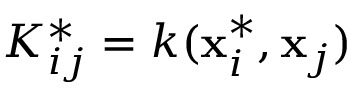
K _ { i j } ^ { * } = k ( \mathbf { x } _ { i } ^ { * } , \mathbf { x } _ { j } )